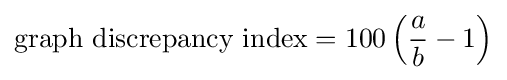
{\text{graph discrepancy index}}=100\left({\frac {a}{b}}-1\right)